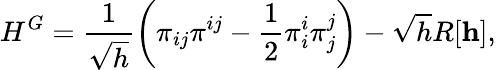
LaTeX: {}H^{G}=\frac{1}{\sqrt{h}}\left({\pi}_{ij}{\pi}^{ij}-\frac{1}{2}{\pi}_{i}^{i}{\pi}_{j}^{j}\right)-\sqrt{h}R[{\mathbf h}],